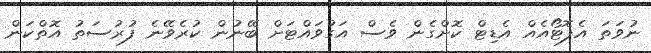
ނުވަތަ އެފޮޓޯއެއް އެޑިޓް ކޮށްގެން ވެސް އަގުވައްޓަށް ބޭނުން ކުރެވޭނެ ފުރުސަތު އޮތްކަން